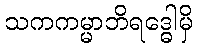
သကကမ္မာဘိရဒ္ဓေါမှိ